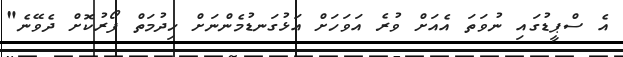
އެ ސްޕީޑުގައި ނުވަތަ އެއަށް ވުރެ އަވަހަށް އަޅުގަނޑުމެންނަށް ހިދުމަތް ފޯރުކޮށް ދެވޭނެ"